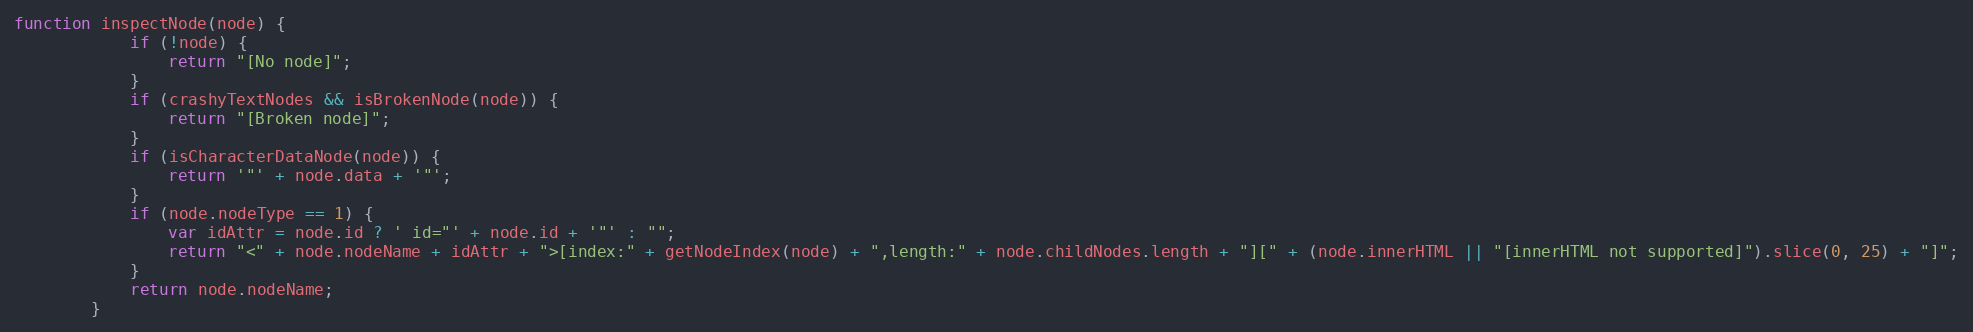
Language: JavaScript
function inspectNode(node) {
            if (!node) {
                return "[No node]";
            }
            if (crashyTextNodes && isBrokenNode(node)) {
                return "[Broken node]";
            }
            if (isCharacterDataNode(node)) {
                return '"' + node.data + '"';
            }
            if (node.nodeType == 1) {
                var idAttr = node.id ? ' id="' + node.id + '"' : "";
                return "<" + node.nodeName + idAttr + ">[index:" + getNodeIndex(node) + ",length:" + node.childNodes.length + "][" + (node.innerHTML || "[innerHTML not supported]").slice(0, 25) + "]";
            }
            return node.nodeName;
        }